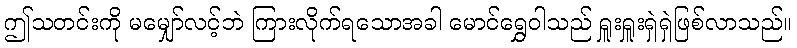
ဤသတင်းကို မမျှော်လင့်ဘဲ ကြားလိုက်ရသောအခါ မောင်ရွှေဝါသည် ရှူးရှူးရှဲရှဲဖြစ်လာသည်။